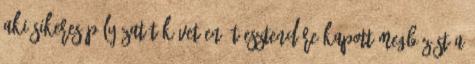
aki sikeres pályázatát követően öt esztendőre kapott megbízást a